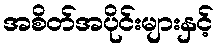
အစိတ်အပိုင်းများနှင့်